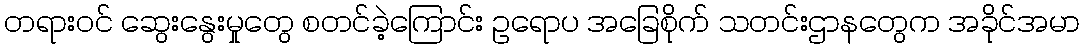
တရားဝင် ဆွေးနွေးမှုတွေ စတင်ခဲ့ကြောင်း ဥရောပ အခြေစိုက် သတင်းဌာနတွေက အခိုင်အမာ